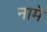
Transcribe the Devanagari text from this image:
नामॆ